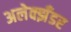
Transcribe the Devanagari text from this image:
अलेक्झँडर